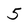
Character: 5